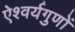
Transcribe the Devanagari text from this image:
ऐश्वर्यगुणों